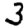
Digit: 3